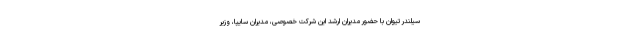
سیلندر تیوان با حضور مدیران ارشد این شرکت خصوصی، مدیران سایپا، وزیر